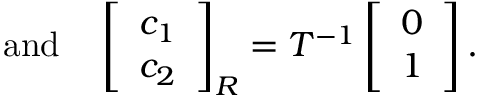
\quad \mathrm { a n d } \quad \left[ \begin{array} { l } { c _ { 1 } } \\ { c _ { 2 } } \end{array} \right] _ { R } = T ^ { - 1 } \left[ \begin{array} { l } { 0 } \\ { 1 } \end{array} \right] .